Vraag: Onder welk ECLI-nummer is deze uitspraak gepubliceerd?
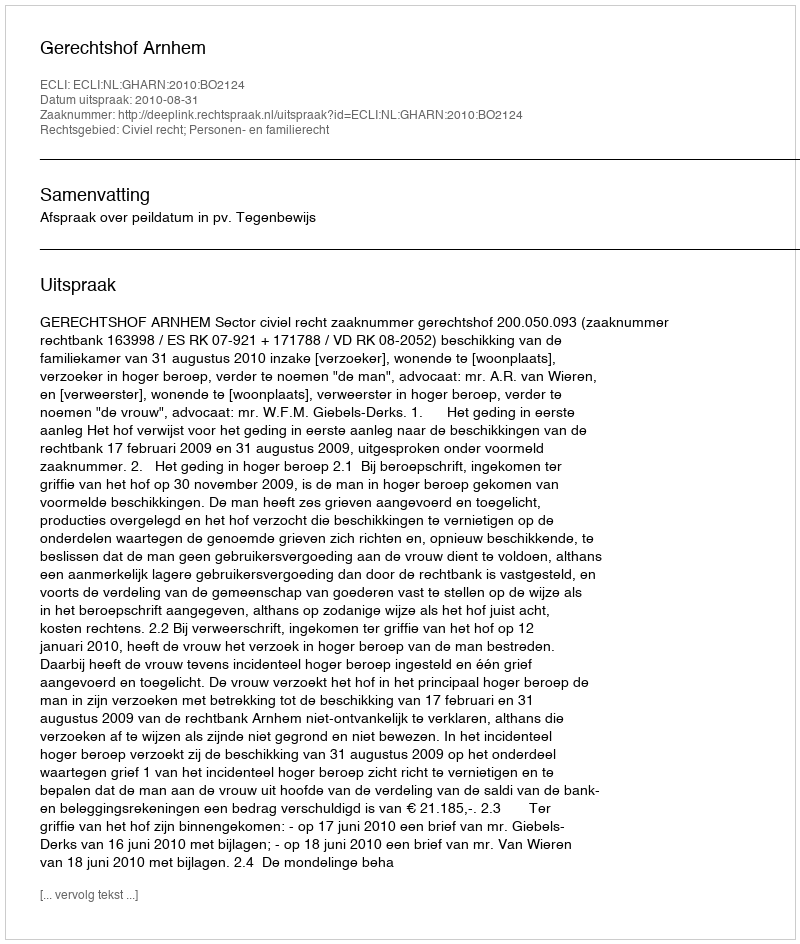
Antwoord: ECLI:NL:GHARN:2010:BO2124